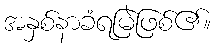
အနှစ်နာခံရမြဲဖြစ်၏။